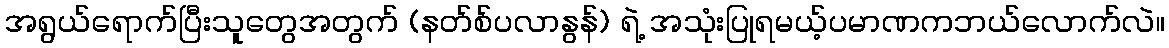
အရွယ်ရောက်ပြီးသူတွေအတွက် (နတ်စ်ပလာနွန်) ရဲ့ အသုံးပြုရမယ့်ပမာဏကဘယ်လောက်လဲ။